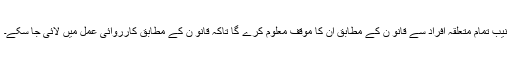
نیب تمام متعلقہ افراد سے قانو ن کے مطابق ان کا موقف معلوم کرے گا تاکہ قانو ن کے مطابق کارروائی عمل میں لائی جا سکے۔